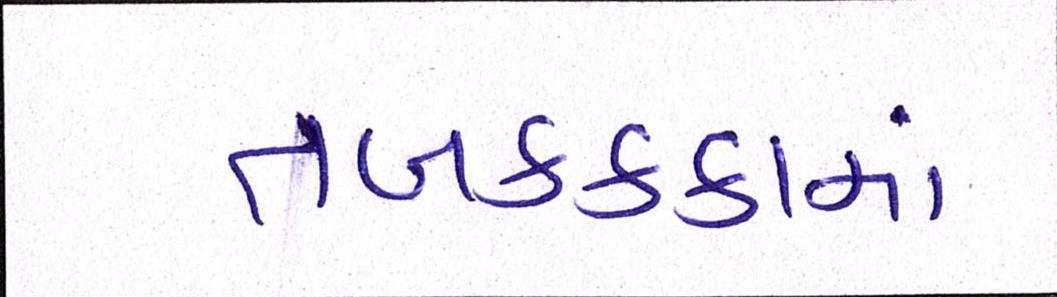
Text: તબકક્કામાં